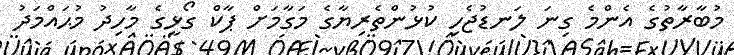
މުބާރާތުގެ އެންމެ ގިނަ ލަނޑުޖެހި ކުޅުންތެރިޔާގެ މަގާމަށް ޕާކް ގޯޅީގެ މާހިދު މުޙައްމަދު